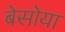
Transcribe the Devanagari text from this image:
बेसोया